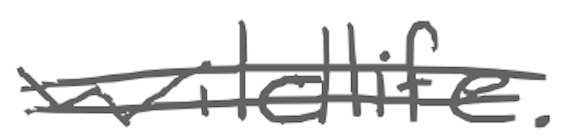
Text: wildlife.
Cross-out: double-line
Writing tool: digital_gray